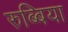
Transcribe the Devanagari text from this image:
रुब्बिया